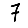
Digit: 7